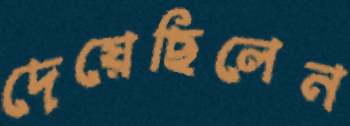
দেয়েছিলেন